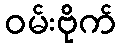
ဝမ်းဗိုက်